Report of the King Institute of Preventive Medicine, Guindy
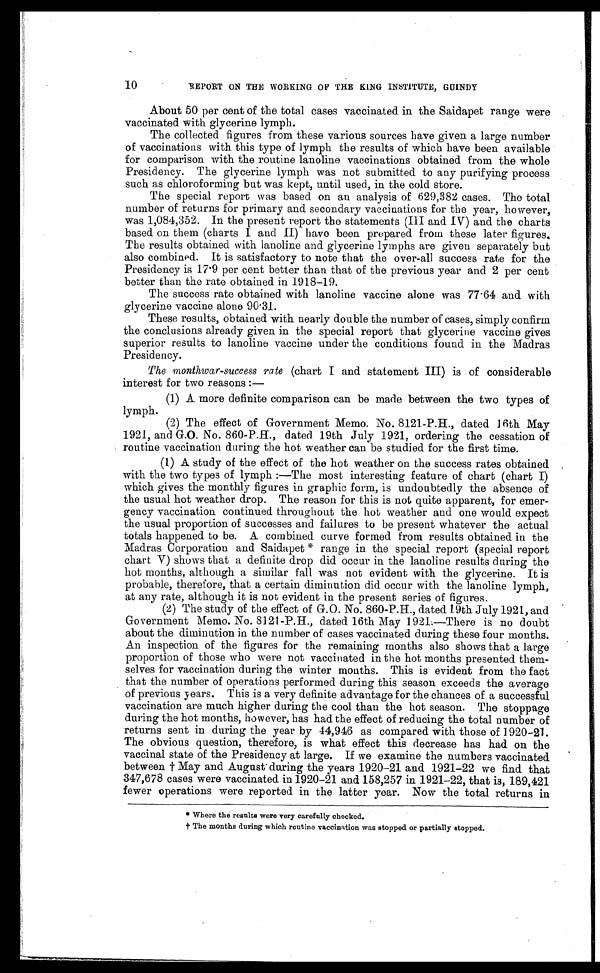
10
REPORT ON THE WORKING OF THE KING INSTITUTE, GUINDY
About 50 per cent of the total cases vaccinated in the Saidapet range were
vaccinated with glycerine lymph.
The collected figures from these various sources have given a large number
of vaccinations with this type of lymph the results of which have been available
for comparison with the routine lanoline vaccinations obtained from the whole
Presidency. The glycerine lymph was not submitted to any purifying process
such as chloroforming but was kept, until used, in the cold store.
The special report was based on an analysis of 629,382 cases. The total
number of returns for primary and secondary vaccinations for the year, however,
was 1,084,352. In the present report the statements (III and IV) and the charts
based on them (charts I and II) have been prepared from these later figures.
The results obtained with lanoline and glycerine lymphs are given separately but
also combined. It is satisfactory to note that the over-all success rate for the
Presidency is 17.9 per cent better than that of the previous year and 2 per cent
better than the rate obtained in 1918-19.
The success rate obtained with lanoline vaccine alone was 77 . 64 and with
glycerine vaccine alone 90.31.
These results, obtained with nearly double the number of cases, simply confirm
the conclusions already given in the special report that glycerine vaccine gives
superior results to lanoline vaccine under the conditions found in the Madras
Presidency.
The monthwar-success rate (chart I and statement III) is of considerable
interest for two reasons :
—
(1) A more definite comparison can be made between the two types of
lymph.
(2) The effect of Government Memo. No. 8121–P.H., dated 16th May
1921, and G.O. No. 860–P.H., dated. 19th July 1921, ordering the cessation of
routine vaccination during the hot weather can be studied for the first time.
(1) A study of the effect of the hot weather on the success rates obtained
with the two types of lymph :—The most interesting feature of chart (chart I)
which gives the monthly figures in graphic form, is undoubtedly the absence of
the usual hot weather drop. The reason for this is not quite apparent, for emer-
gency vaccination continued throughout the hot weather and one would expect
the usual proportion of successes and failures to be present whatever the actual
totals happened to be. A combined curve formed from results obtained in the
Madras Corporation and Saidapet * range in the special report (special report
chart V) shows that a definite drop did occur in the lanoline results during the
hot months, although a similar fall was not evident with the glycerine. It is
probable, therefore, that a certain diminution did occur with the lanoline lymph,
at any rate, although it is not evident in the present series of figures.
(2) The study of the effect of G.O. No. 860–P.H., dated 19th July 1921, and
Government Memo. No. 8121-P.H., dated 16th May 192.—There is no doubt
about the diminution in the number of cases vaccinated during these four months.
An inspection of the figures for the remaining months also shows that a large
proportion of those who were not vaccinated in the hot months presented them-
selves for vaccination during the winter mouths. This is evident from the fact
that the number of operations performed during this season exceeds the average
of previous years. This is a very definite advantage for the chances of a successful
vaccination are much higher during the cool than the hot season. The stoppage
during the hot months, however, has had the effect of reducing the total number of
returns sent in during the year by 44,946 as compared with those of 1920-21.
The obvious question, therefore, is what effect this decrease has had on the
vaccinal state of the Presidency at large. If we examine the numbers vaccinated
between † May and August during the years 1920-21 and 1921-22 we find that
347,678 cases were vaccinated in 1920-21 and 158,257 in 1921-22, that is, 189,421
fewer operations were reported in the latter year. Now the total returns in
* Where the results were very carefully checked.
† The months during which routine vaccination was stopped or partially stopped.